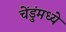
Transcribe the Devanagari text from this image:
चेंडुंमध्ये